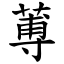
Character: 蒪